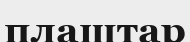
плащтар